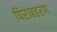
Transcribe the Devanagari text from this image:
पिराबहरण